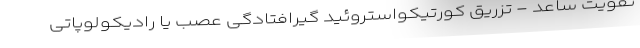
تقویت ساعد - تزریق کورتیکواستروئید گیرافتادگی عصب یا رادیکولوپاتی